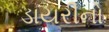
ડાયરીનો